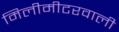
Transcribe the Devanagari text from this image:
मिलीमीटरवाली